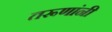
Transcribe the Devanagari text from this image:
तरूणांनी